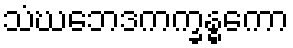
သံဃဘေဒကက္ခန္ဓကော